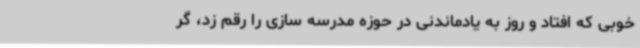
خوبی که افتاد و روز به یادماندنی در حوزه مدرسه سازی را رقم زد، گر